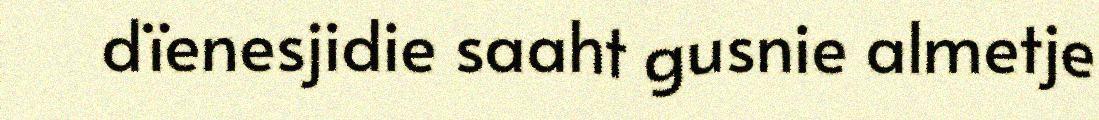
dïenesjidie saaht gusnie almetje